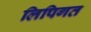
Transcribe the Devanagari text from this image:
लिपिगत